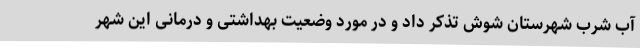
آب شرب شهرستان شوش تذکر داد و در مورد وضعیت بهداشتی و درمانی این شهر